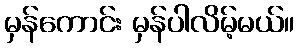
မှန်ကောင်း မှန်ပါလိမ့်မယ်။